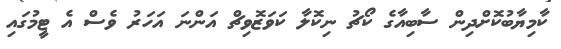
ކާމިޔާބުކޮށްދިން ސާބިއާގެ ކޯޗު ނިކޮލާ ކަވަޒޮވިޗް އަންނަ އަހަރު ވެސް އެ ޓީމުގައި